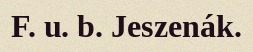
F. u. b. Jeszenák.